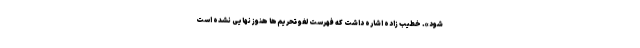
شود». خطیب زاده اشاره داشت که فهرست لغو تحریم‌ها هنوز نهایی نشده است